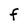
Character: F